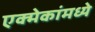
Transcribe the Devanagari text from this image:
एक्मेकांमध्ये